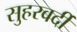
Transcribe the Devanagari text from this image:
सुहरवर्दी